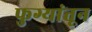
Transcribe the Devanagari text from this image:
फुग्यांतून